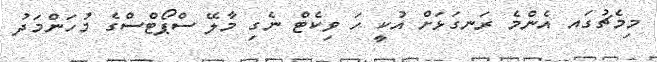
މިމެޗުގައ އެންމެ ރަނގަޅަށް އުކީ ހަ ވިކެޓް ނެގި މާލޭ ސްޕޯޓްސްގެ މުހަންމަދު